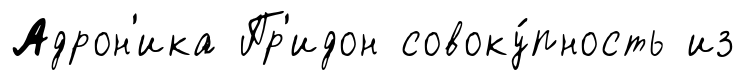
Адрон'ика Пр'идон совоку́пность из